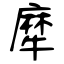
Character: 犘